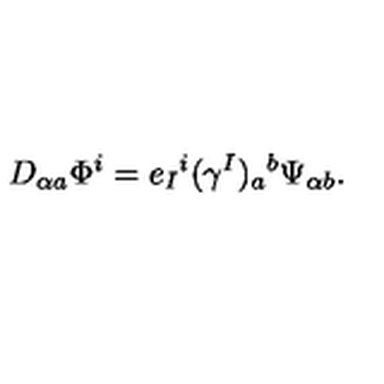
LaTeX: D _ { \alpha a } \Phi ^ { i } = e _ { I } { } ^ { i } ( \gamma ^ { I } ) _ { a } { } ^ { b } \Psi _ { \alpha b } .